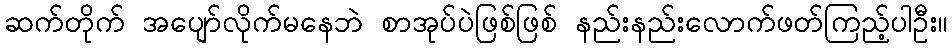
ဆက်တိုက် အပျော်လိုက်မနေဘဲ စာအုပ်ပဲဖြစ်ဖြစ် နည်းနည်းလောက်ဖတ်ကြည့်ပါဦး။